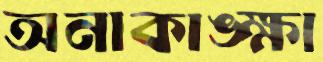
অনাকাঙ্ক্ষা